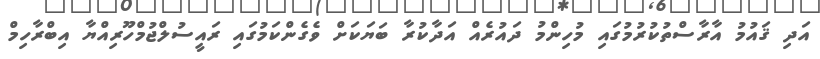
އަދި ޤައުމު އާރާސްތުކުރުމުގައި މުހިންމު ދައުރެއް އަދާކުރާ ބަޔަކަށް ވެގެންކަމުގައި ރައީސުލްޖުމްހޫރިއްޔާ އިބްރާހިމް